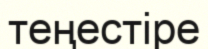
теңестіре